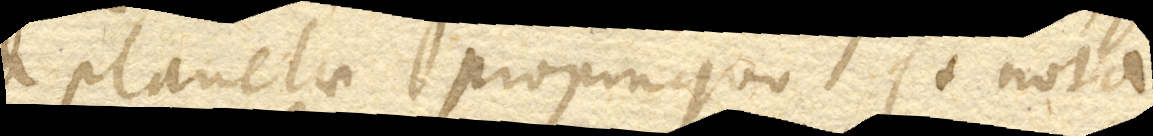
a planetae propinquo. (+ Nota